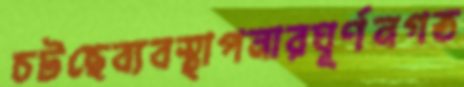
চটছেব্যবস্থাপনারঘূর্ণনগত